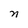
Character: n